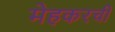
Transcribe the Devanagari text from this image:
मेहकरची